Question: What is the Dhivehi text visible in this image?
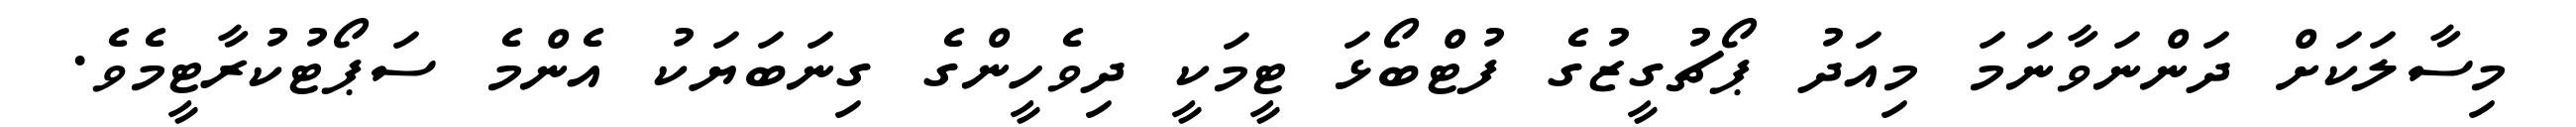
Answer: މިސާލަކަށް ދަންނަވާނަމަ މިއަދު ޕޯޗުގީޒުގެ ފުޓްބޯޅަ ޓީމަކީ ދިވެހީންގެ ގިނަބަޔަކު އެންމެ ސަޕޯޓުކުރާޓީމެވެ.